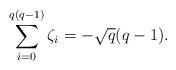
LaTeX: \begin{align*}\sum_{i=0}^{q(q-1)} \zeta_i= -\sqrt{q}(q-1).\end{align*}